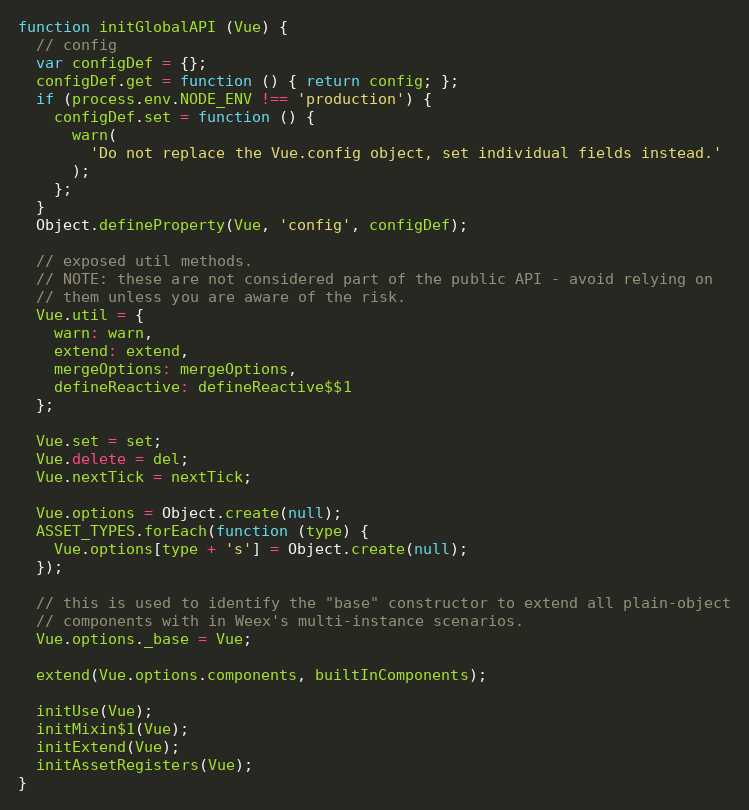
Language: JavaScript
function initGlobalAPI (Vue) {
  // config
  var configDef = {};
  configDef.get = function () { return config; };
  if (process.env.NODE_ENV !== 'production') {
    configDef.set = function () {
      warn(
        'Do not replace the Vue.config object, set individual fields instead.'
      );
    };
  }
  Object.defineProperty(Vue, 'config', configDef);

  // exposed util methods.
  // NOTE: these are not considered part of the public API - avoid relying on
  // them unless you are aware of the risk.
  Vue.util = {
    warn: warn,
    extend: extend,
    mergeOptions: mergeOptions,
    defineReactive: defineReactive$$1
  };

  Vue.set = set;
  Vue.delete = del;
  Vue.nextTick = nextTick;

  Vue.options = Object.create(null);
  ASSET_TYPES.forEach(function (type) {
    Vue.options[type + 's'] = Object.create(null);
  });

  // this is used to identify the "base" constructor to extend all plain-object
  // components with in Weex's multi-instance scenarios.
  Vue.options._base = Vue;

  extend(Vue.options.components, builtInComponents);

  initUse(Vue);
  initMixin$1(Vue);
  initExtend(Vue);
  initAssetRegisters(Vue);
}